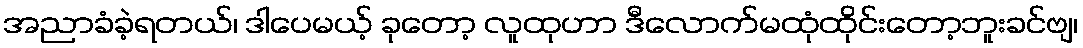
အညာခံခဲ့ရတယ်၊ ဒါပေမယ့် ခုတော့ လူထုဟာ ဒီလောက်မထုံထိုင်းတော့ဘူးခင်ဗျ၊